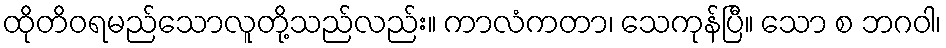
ထိုတိဝရမည်သောလူတို့သည်လည်း။ ကာလံကတာ၊ သေကုန်ပြီ။ သော စ ဘဂဝါ၊